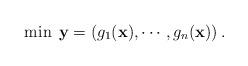
LaTeX: \begin{align*}\min \;{\textbf{y}} = \left( {{g_1}({\textbf{x}}), \cdots ,{g_n}({\textbf{x}})} \right).\end{align*}